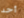
أحد